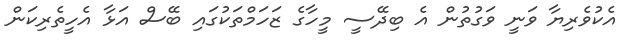
އެކުވެރިޔާ ވަނީ ވަގުތުން އެ ބިދޭސީ މީހާގެ ޒަހަމްތަކުގައި ބޭސް އަޅާ އެހީތެރިކަން